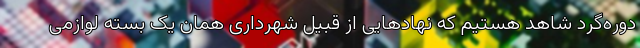
دوره‌گرد شاهد هستیم که نهادهایی از قبیل شهرداری همان یک بسته لوازمی